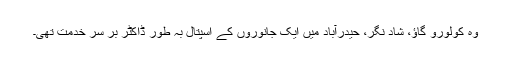
وہ کولورو گاؤ، شاد نگر، حیدرآباد میں ایک جانوروں کے اسپتال بہ طور ڈاکٹر بر سر خدمت تھی۔